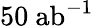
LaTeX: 50~\mathrm{ab}^{-1}